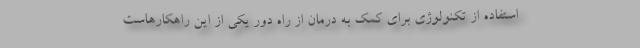
استفاده از تکنولوژی برای کمک به درمان از راه دور یکی از این راهکارهاست